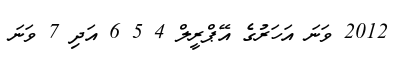
2012 ވަނަ އަހަރުގެ އޭޕްރީލް 4 5 6 އަދި 7 ވަނަ